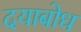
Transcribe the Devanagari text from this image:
दयाबोध